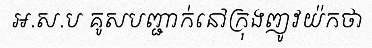
អ.ស.ប គូសបញ្ជាក់នៅក្រុងញូវយ៉កថា